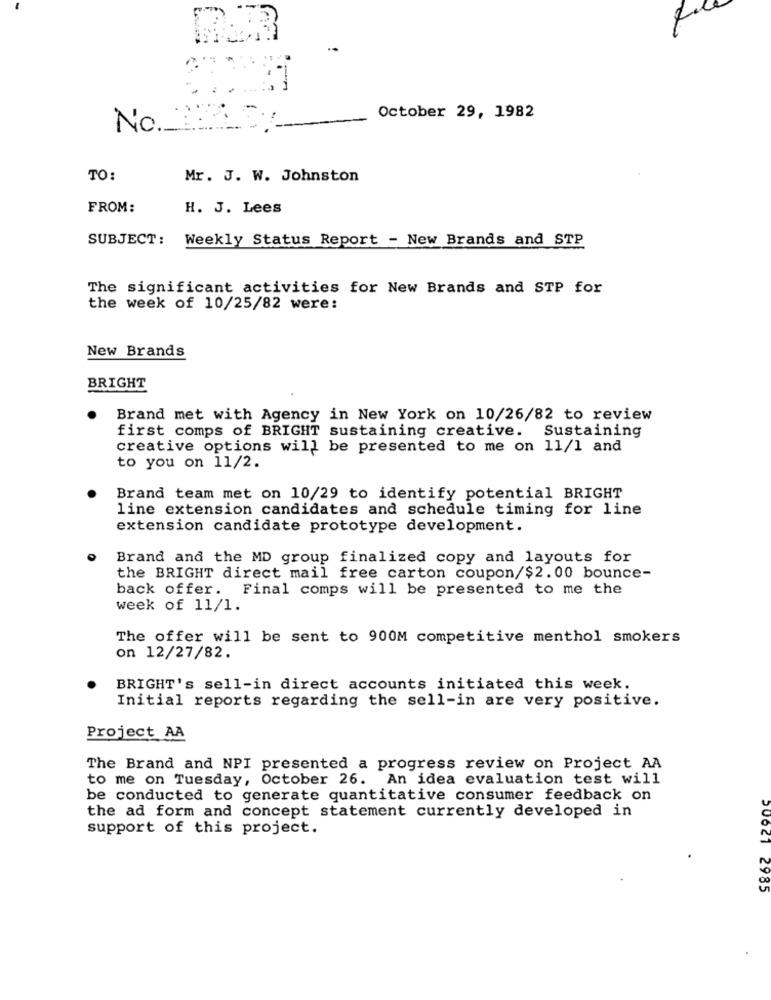
October 29, 1982
No.
TO:
Mr. J. W. Johnston
FROM:
H. J. Lees
SUBJECT: Weekly Status Report - New Brands and STP
The significant activities for New Brands and STP for
the week of 10/25/82 were:
New Brands
BRIGHT
Brand met with Agency in New York on 10/26/82 to review
first comps of BRIGHT sustaining creative. Sustaining
creative options will be presented to me on 11/1 and
to you on 11/2.
Brand team met on 10/29 to identify potential BRIGHT
line extension candidates and schedule timing for line
extension candidate prototype development.
Brand and the MD group finalized copy and layouts for
the BRIGHT direct mail free carton coupon/$2.00 bounce-
back offer. Final comps will be presented to me the
week of 11/1.
The offer will be sent to 900M competitive menthol smokers
on 12/27/82.
BRIGHT's sell-in direct accounts initiated this week.
Initial reports regarding the sell-in are very positive.
Project AA
The Brand and NPI presented a progress review on Project AA
to me on Tuesday, October 26. An idea evaluation test will
be conducted to generate quantitative consumer feedback on
the ad form and concept statement currently developed in
support of this project.
20021 2985